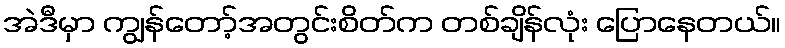
အဲဒီမှာ ကျွန်တော့်အတွင်းစိတ်က တစ်ချိန်လုံး ပြောနေတယ်။